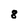
Character: 8